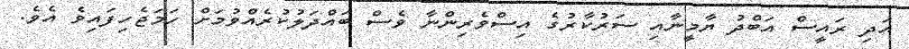
އަދި ރައީސް އަބްދު ޔާމީނާއި ސަރުކާރުގެ އިސްވެރިންނާ ވެސް ބައްދަލުކުރެއްވުމަށް ހަމަޖެހިފައިވެ އެވެ.